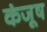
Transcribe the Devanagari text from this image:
कंजूष